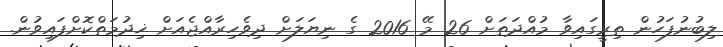
ލިބުނުފަހުން ތިރީގައިވާ މުއްދަތަށް 26 މޭ 2016 ގެ ނިޔަލަށް ދިވެހިރާއްޖެއަށް ޚިދުމަތްކޮށްފައިވުން.